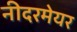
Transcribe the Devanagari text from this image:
नीदरमेयर